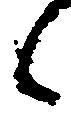
候